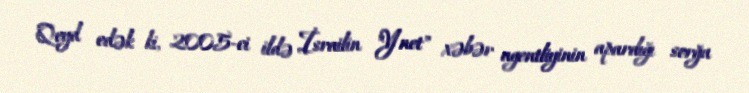
Qeyd edək ki, 2005-ci ildə İsrailin "Ynet" xəbər agentliyinin apardığı sorğu